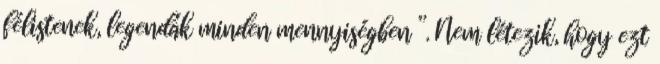
félistenek, legendák minden mennyiségben ”. Nem létezik, hogy ezt